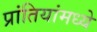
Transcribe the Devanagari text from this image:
प्रांतियांमध्ये